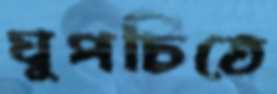
ঘুপচিতে